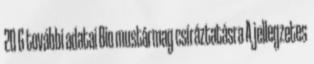
20 G további adatai Bio mustármag csíráztatásra A jellegzetes